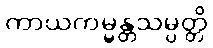
ကာယကမ္မန္တသမ္ပတ္တိ